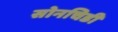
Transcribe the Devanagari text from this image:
सोनचिडी